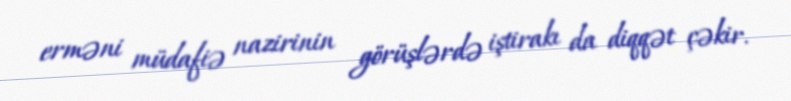
erməni müdafiə nazirinin görüşlərdə iştirakı da diqqət çəkir.